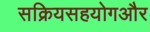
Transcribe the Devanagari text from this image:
सक्रियसहयोगऔर